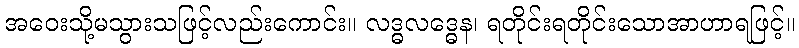
အဝေးသို့မသွားသဖြင့်လည်းကောင်း။ လဒ္ဓလဒ္ဓေန၊ ရတိုင်းရတိုင်းသောအာဟာရဖြင့်။